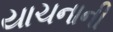
યાચનાની